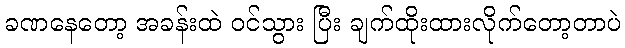
ခဏနေတော့ အခန်းထဲ ဝင်သွား ပြီး ချက်ထိုးထားလိုက်တော့တာပဲ